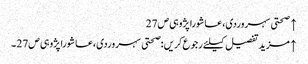
↑ صحتی سہروردی،عاشورا پژوہی ص27
↑ مزید تفصیل کیلئے رجوع کریں :صحتی سہروردی،عاشورا پژوہی ص27 ۔